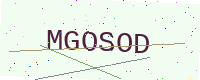
Text: MGOSOD